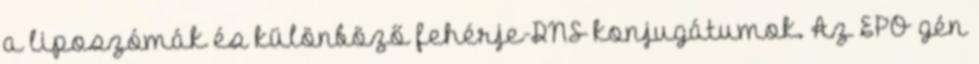
a liposzómák és különböző fehérje-DNS konjugátumok. Az EPO gén